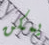
يمكن